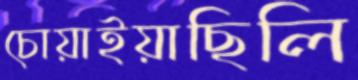
চোয়াইয়াছিলি